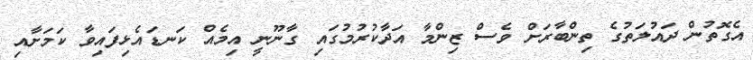
އެގޮތުން ދައުލަތުގެ ތިންބާރަށް ވެސް ޒިންމާ އަދާކުރުމުގައި ގާނޫނީ އިމެއް ކަނޑައެޅިފައިވާ ކަމަށާއި